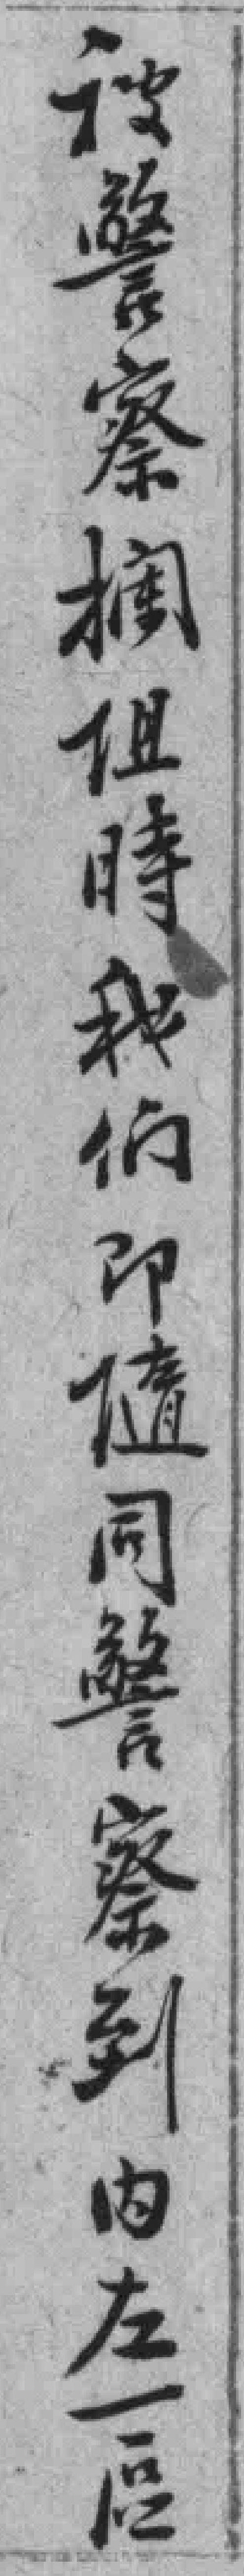
被警察攔阻時我們即隨同警察到內左一區